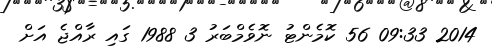
2014 09:33 56 ކޮމެންޓު ނޮވެމްބަރު 3 1988 ގައި ރާއްޖެ އަށް